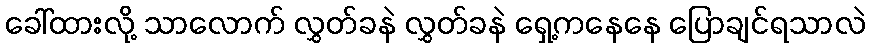
ခေါ်ထားလို့ သာလောက် လွှတ်ခနဲ လွှတ်ခနဲ ရှေ့ကနေနေ ပြောချင်ရသာလဲ